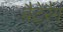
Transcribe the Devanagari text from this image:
बैटेरैंग